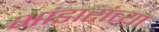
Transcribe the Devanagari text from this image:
भांडारांच्या